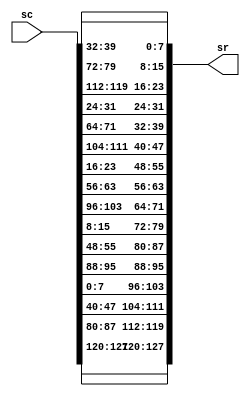
module shiftrow(sc,sr);

input [127:0] sc;
output [127:0] sr;

assign         sr[127:120] = sc[127:120];  
assign         sr[119:112] = sc[87:80];
assign         sr[111:104] = sc[47:40];
assign         sr[103:96] = sc[7:0];
   
assign          sr[95:88] = sc[95:88];
assign          sr[87:80] = sc[55:48];
assign          sr[79:72] = sc[15:8];
assign          sr[71:64] = sc[103:96];
   
assign          sr[63:56] = sc[63:56];
assign          sr[55:48] = sc[23:16];
assign          sr[47:40] = sc[111:104];
assign          sr[39:32] = sc[71:64];
   
assign          sr[31:24] = sc[31:24];
assign          sr[23:16] = sc[119:112];
assign          sr[15:8] = sc[79:72];
assign          sr[7:0] = sc[39:32]; 

endmodule